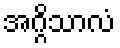
အဂ္ဂိသာလံ